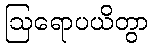
ဩရောပယိတွာ